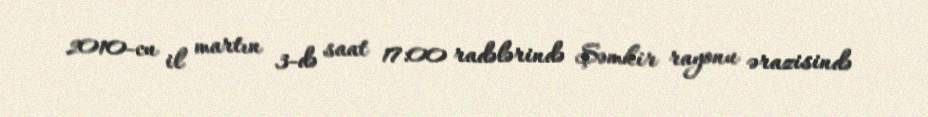
2010-cu il martın 3-də saat 17:00 radələrində Şəmkir rayonu ərazisində